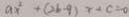
a x ^ { 2 } + ( 2 b - 9 ) x + c = 0